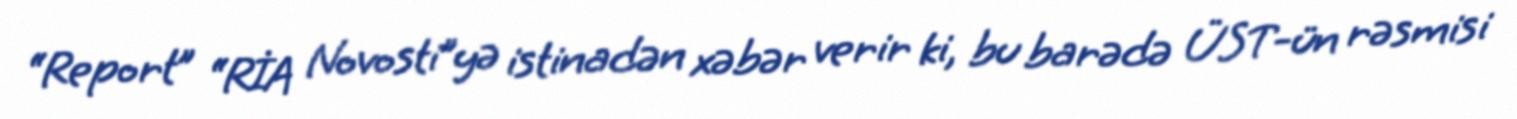
“Report” “RİA Novosti”yə istinadən xəbər verir ki, bu barədə ÜST-ün rəsmisi